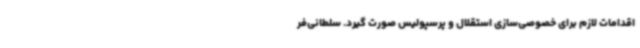
اقدامات لازم برای خصوصی‌سازی استقلال و پرسپولیس صورت گیرد. سلطانی‌فر